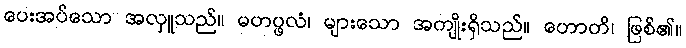
ပေးအပ်သော အလှူသည်။ မဟပ္ဖလံ၊ များသော အကျိုးရှိသည်။ ဟောတိ၊ ဖြစ်၏။